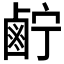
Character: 𱊷